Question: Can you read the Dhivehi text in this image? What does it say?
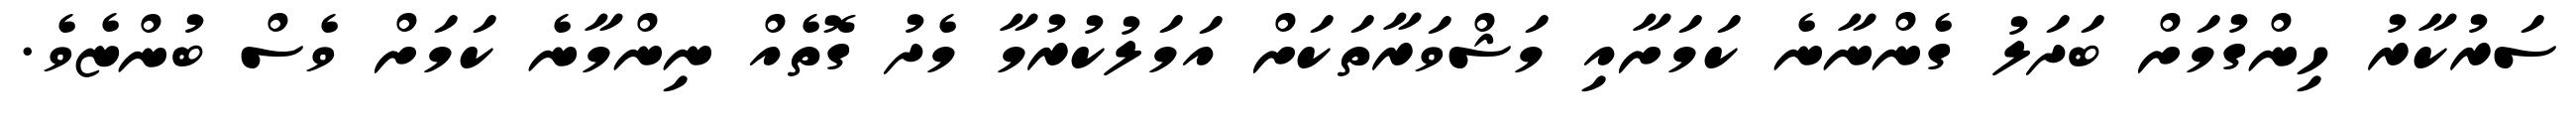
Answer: ސަރުކާރު ހިންގުމަށް ބަދަލު ގެންނާނެ ކަމަށާއި މަޝްވަރާތަކަށް އަމަލުކުރުމާ މެދު ގޮތެއް ނިންމާނެ ކަމަށް ވެސް ބުންޏެވެ.